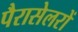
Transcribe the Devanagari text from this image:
पैरासेलरों